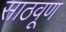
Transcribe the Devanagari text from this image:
साठवूण